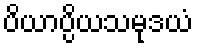
ပိယာပ္ပိယသမုဒယံ